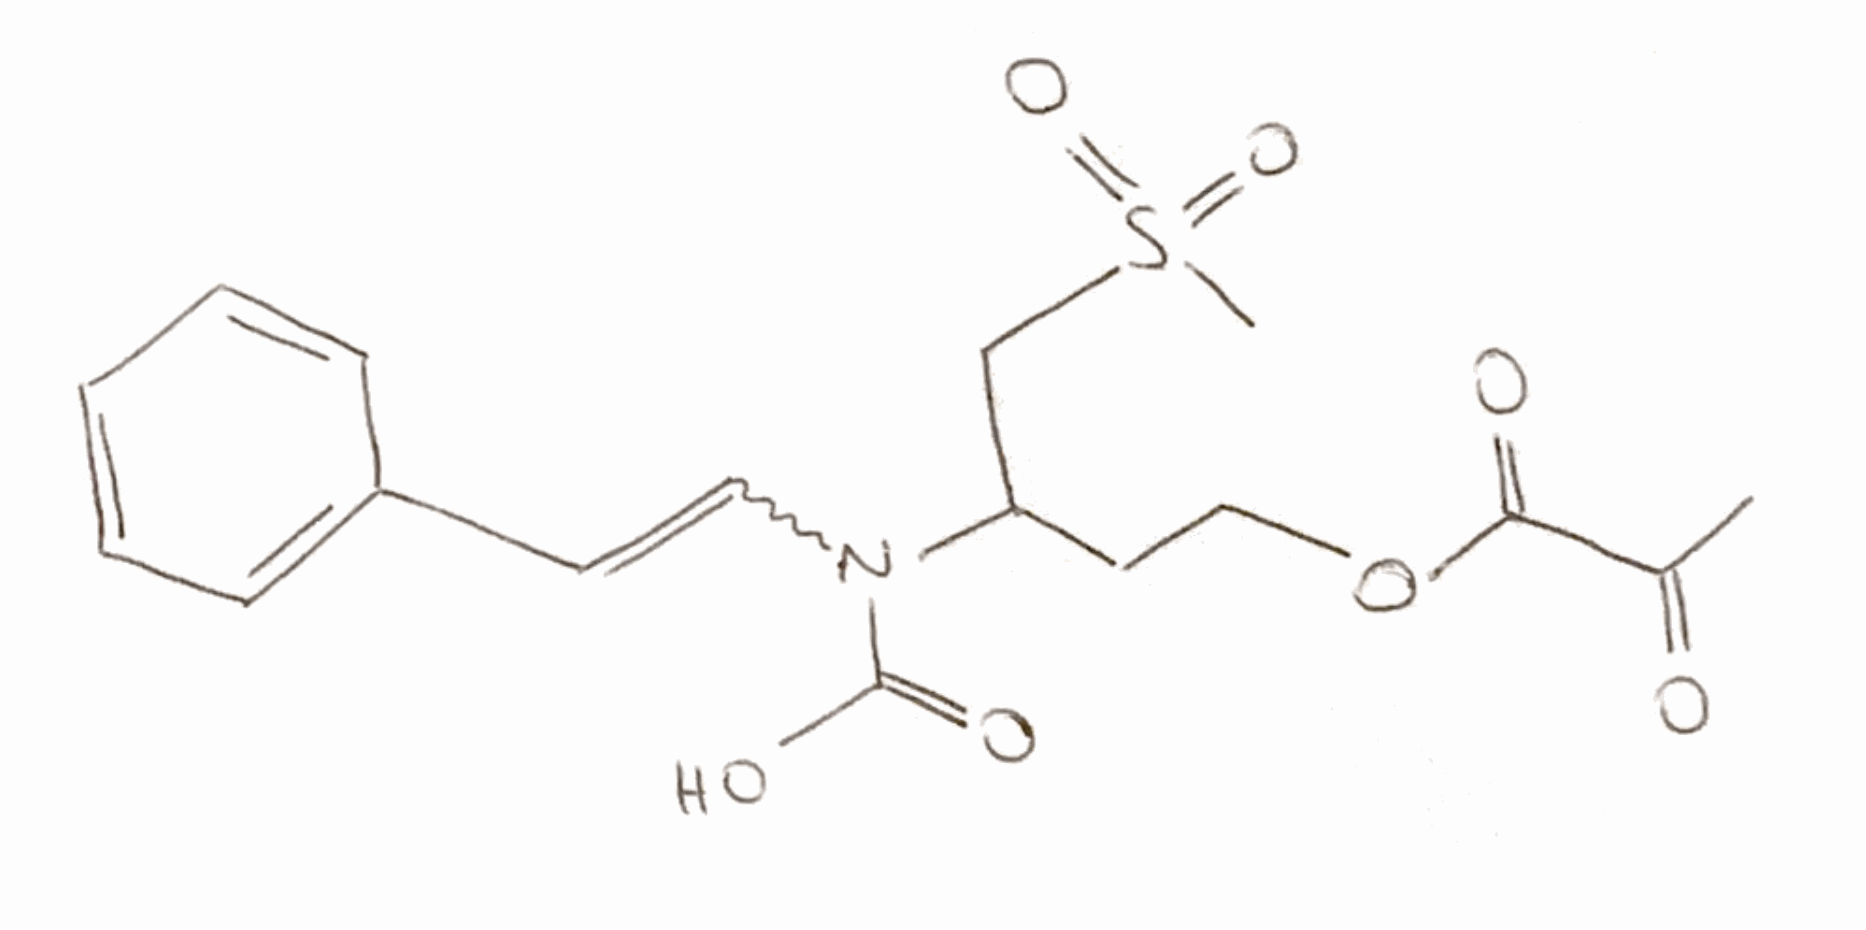
Simplified molecular-input line-entry system (SMILES) notation of the given molecule:
CC(=C)C(=O)OCCC(CS(=O)(=O)C)N(C=CC1=CC=CC=C1)C(=O)O